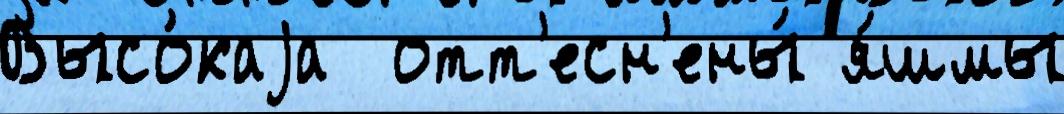
Высо́каjа  отт'есн'ены́ я́шмы